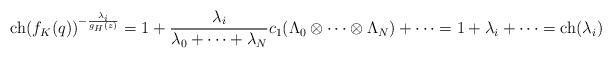
LaTeX: \begin{align*} \textnormal{ch}(f_K(q))^{-\frac{\lambda_i}{g_H(z)}} = 1+\frac{\lambda_i}{\lambda_0 + \cdots + \lambda_N} c_1(\Lambda_0 \otimes \cdots \otimes \Lambda_N) + \cdots = 1+\lambda_i + \cdots = \textnormal{ch}(\lambda_i) \end{align*}